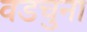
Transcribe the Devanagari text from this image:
वडचुना